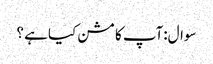
سوال:آپ کا مشن کیا ہے ؟